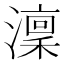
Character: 澟